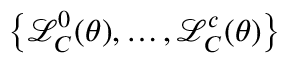
\left\{ \mathcal { L } _ { C } ^ { 0 } ( \boldsymbol { \theta } ) , \ldots , \mathcal { L } _ { C } ^ { c } ( \boldsymbol { \theta } ) \right\}